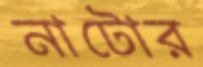
নাটোর